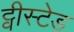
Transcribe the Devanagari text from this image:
ट्वीस्टेड